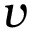
v